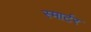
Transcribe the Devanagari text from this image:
स्मार्टर